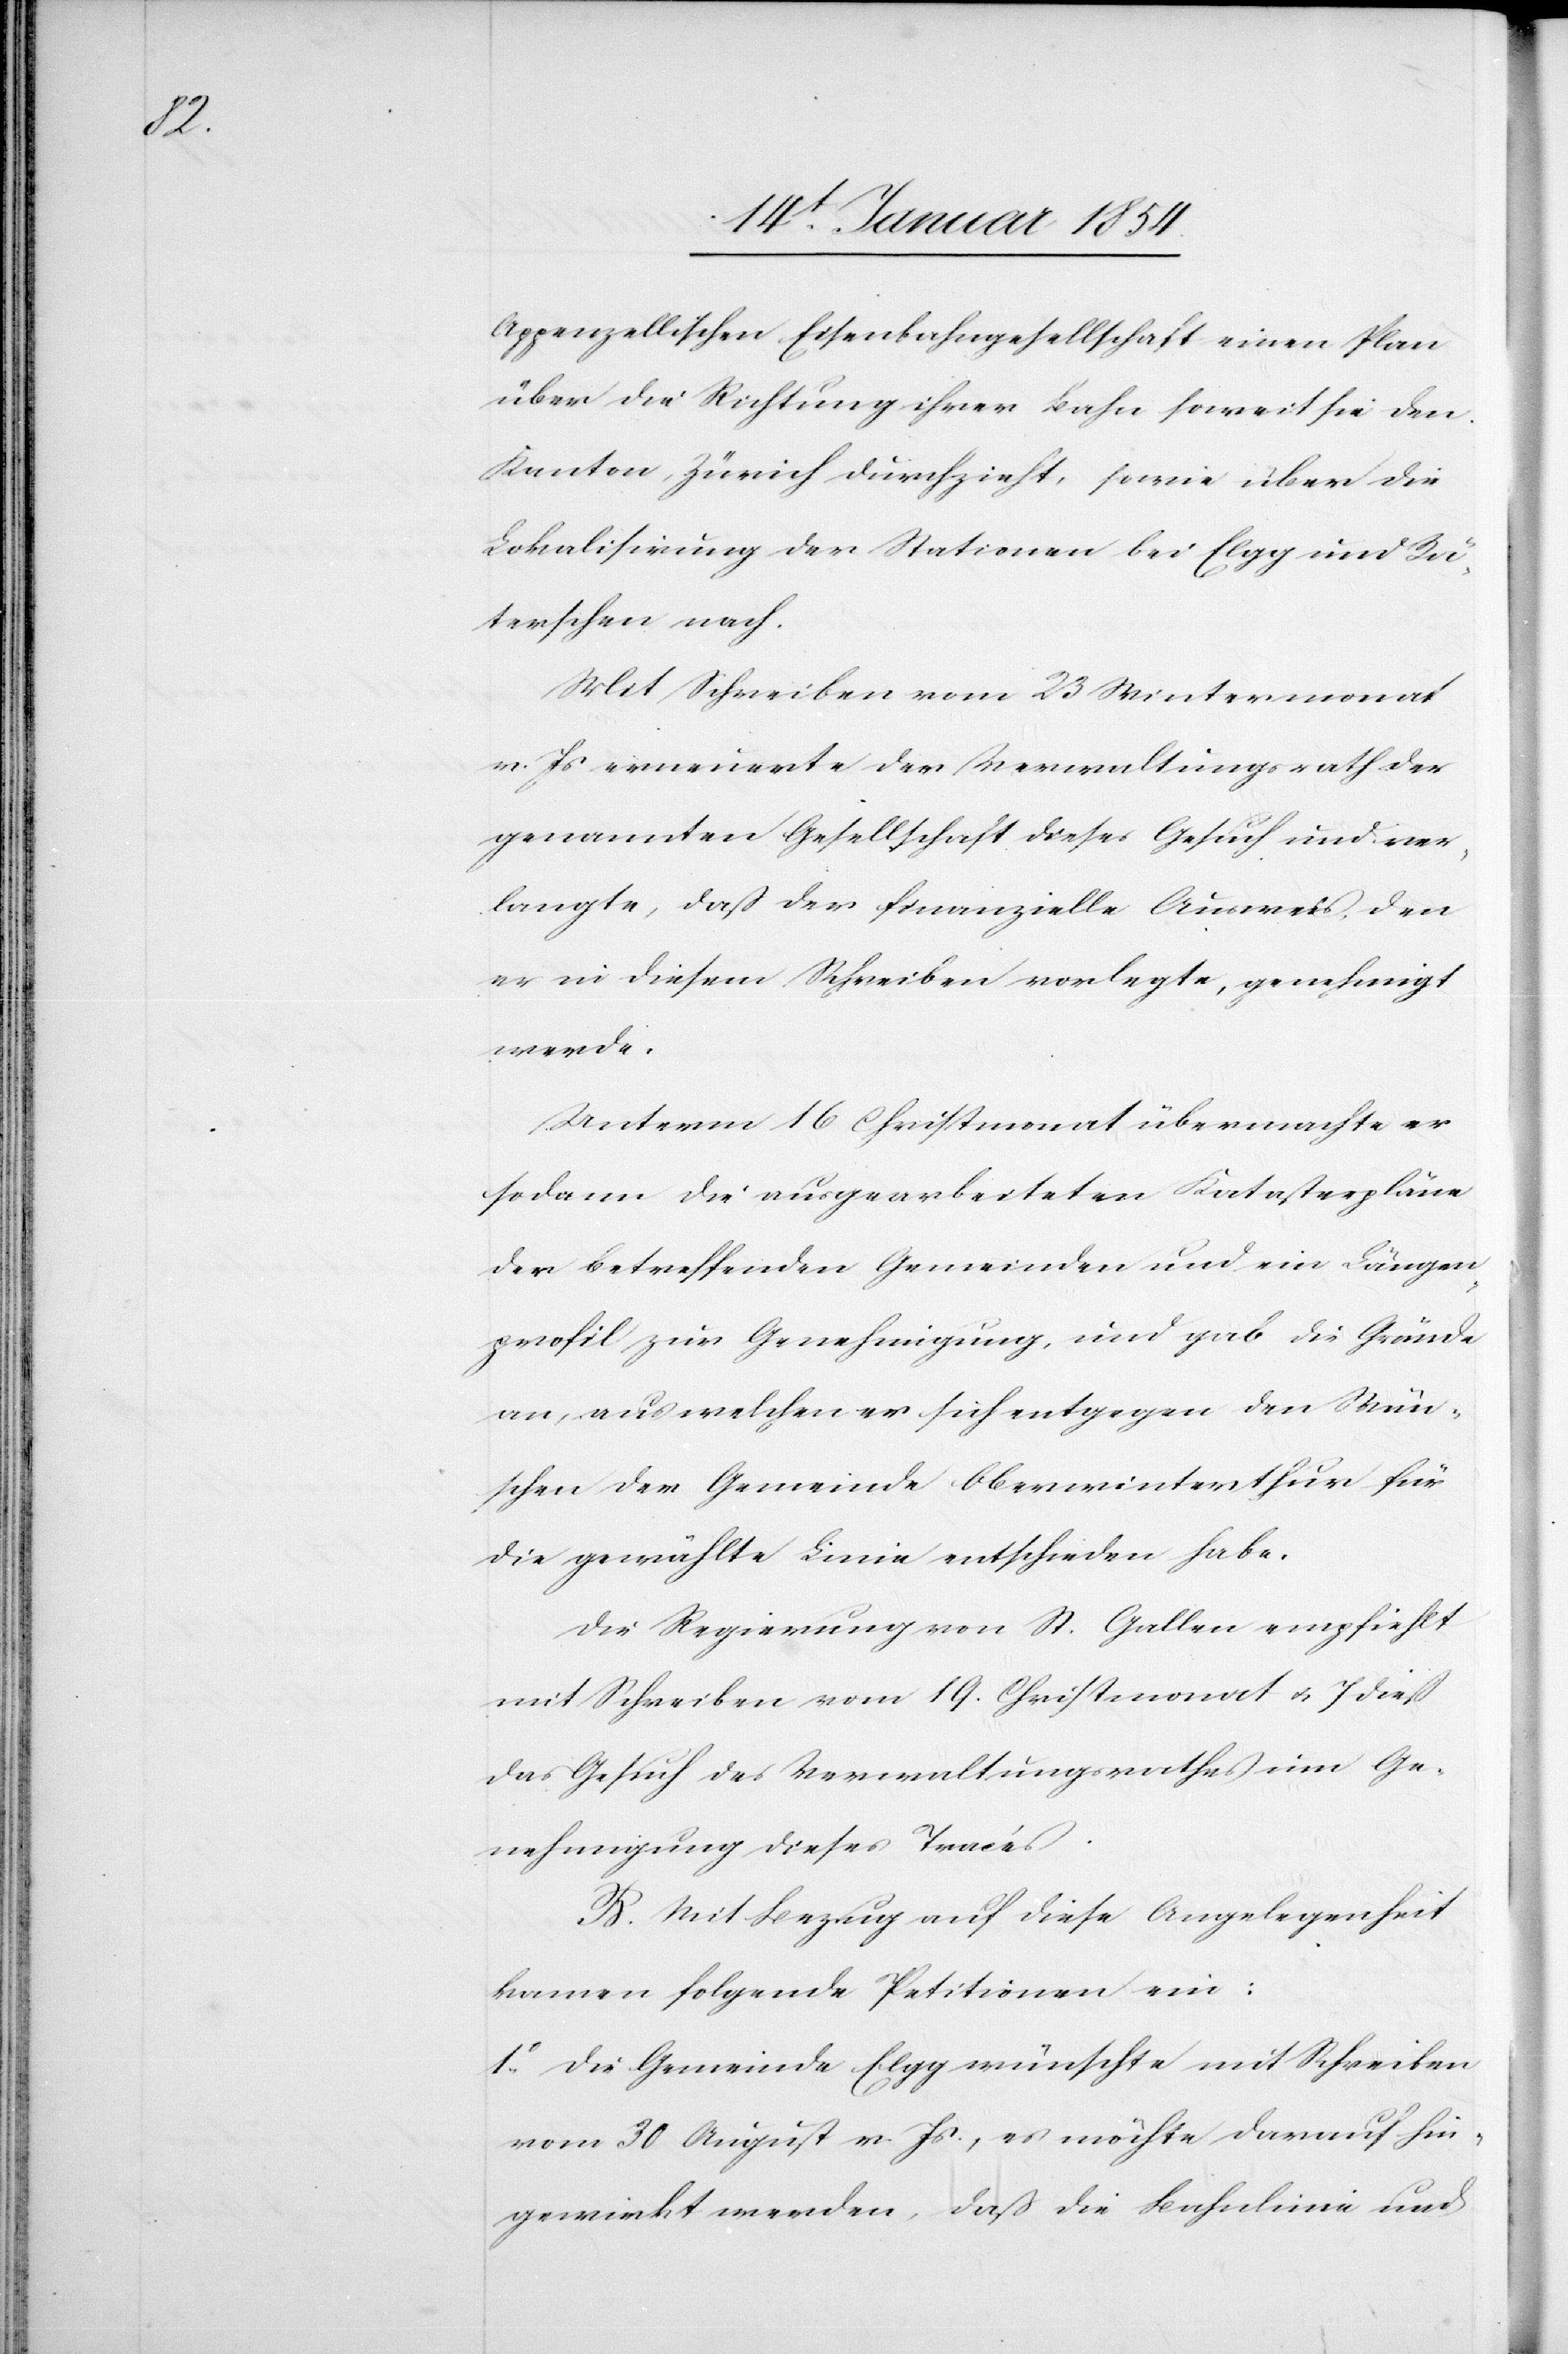
Appenzellischen Eisenbahngesellschaf einen Plan
über die Richtung ihrer Bahn soweit sie den
Kanton Zürich durchzieht, sowie über die
Lokalisirung der Stationen bei Elgg und Rä¬
terschen nach.
Mit Schreiben vom 23 Wintermonat
v. Js. erneuerte der Verwaltungsrath der
genannten Gesellschaft dieses Gesuch und ver¬
langte, daß der finanzielle ausweis, den
er in diesem Schreiben vorlegte, genehmigt
werde.
Unterm 16 Christmonat übermachte er
sodann die ausgearbeiteten Katasterpläne
der betreffenden Gemeinden und ein Längen¬
profil zur Genehmigung, und gab die Gründe
an, aus welchen er sich entgegen den Wün¬
schen der Gemeinde Oberwinterthur für
die gewählte Linie entschieden habe.
Die Regierung von St. Gallen empfiehlt
mit Schreiben vom 19. Christmonat u. 7 dieß
das Gesuch des Verwaltungsrathes um Ge¬
nehmigung dieses Tracés.
B. Mit Bezug auf diese Angelegenheit
kamen folgende Petitionen ein:
1o Die Gemeinde Elgg wünschte mit Schreiben
vom 30 August v. Js., es möchte darauf hin¬
gewirkt werden, daß die Bahnlinie und